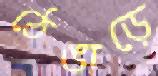
ঠেঙাড়ে